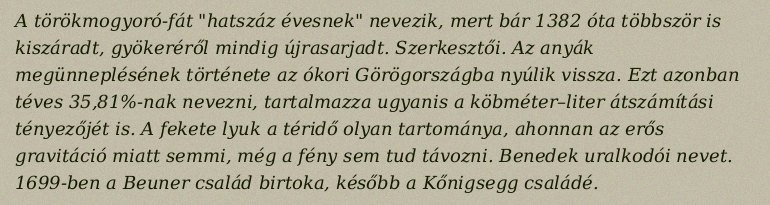
A törökmogyoró-fát "hatszáz évesnek" nevezik, mert bár 1382 óta többször is kiszáradt, gyökeréről mindig újrasarjadt. Szerkesztői. Az anyák megünneplésének története az ókori Görögországba nyúlik vissza. Ezt azonban téves 35,81%-nak nevezni, tartalmazza ugyanis a köbméter–liter átszámítási tényezőjét is. A fekete lyuk a téridő olyan tartománya, ahonnan az erős gravitáció miatt semmi, még a fény sem tud távozni. Benedek uralkodói nevet. 1699-ben a Beuner család birtoka, később a Kőnigsegg családé.